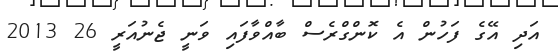
އަދި އޭގެ ފަހުން އެ ކޮންގްރެސް ބާއްވާފައި ވަނީ ޖެނުއަރީ 26 2013